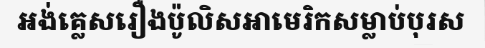
អង់គ្លេសរឿងប៉ូលិសអាមេរិកសម្លាប់បុរស